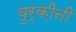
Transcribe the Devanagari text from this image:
बुर्क़ीनी